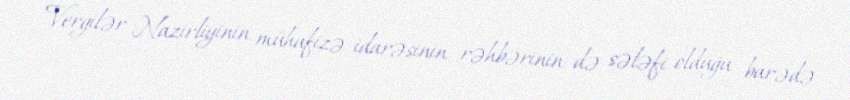
Vergilər Nazirliyinin mühafizə idarəsinin rəhbərinin də sələfi olduğu barədə